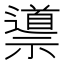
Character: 𱵯